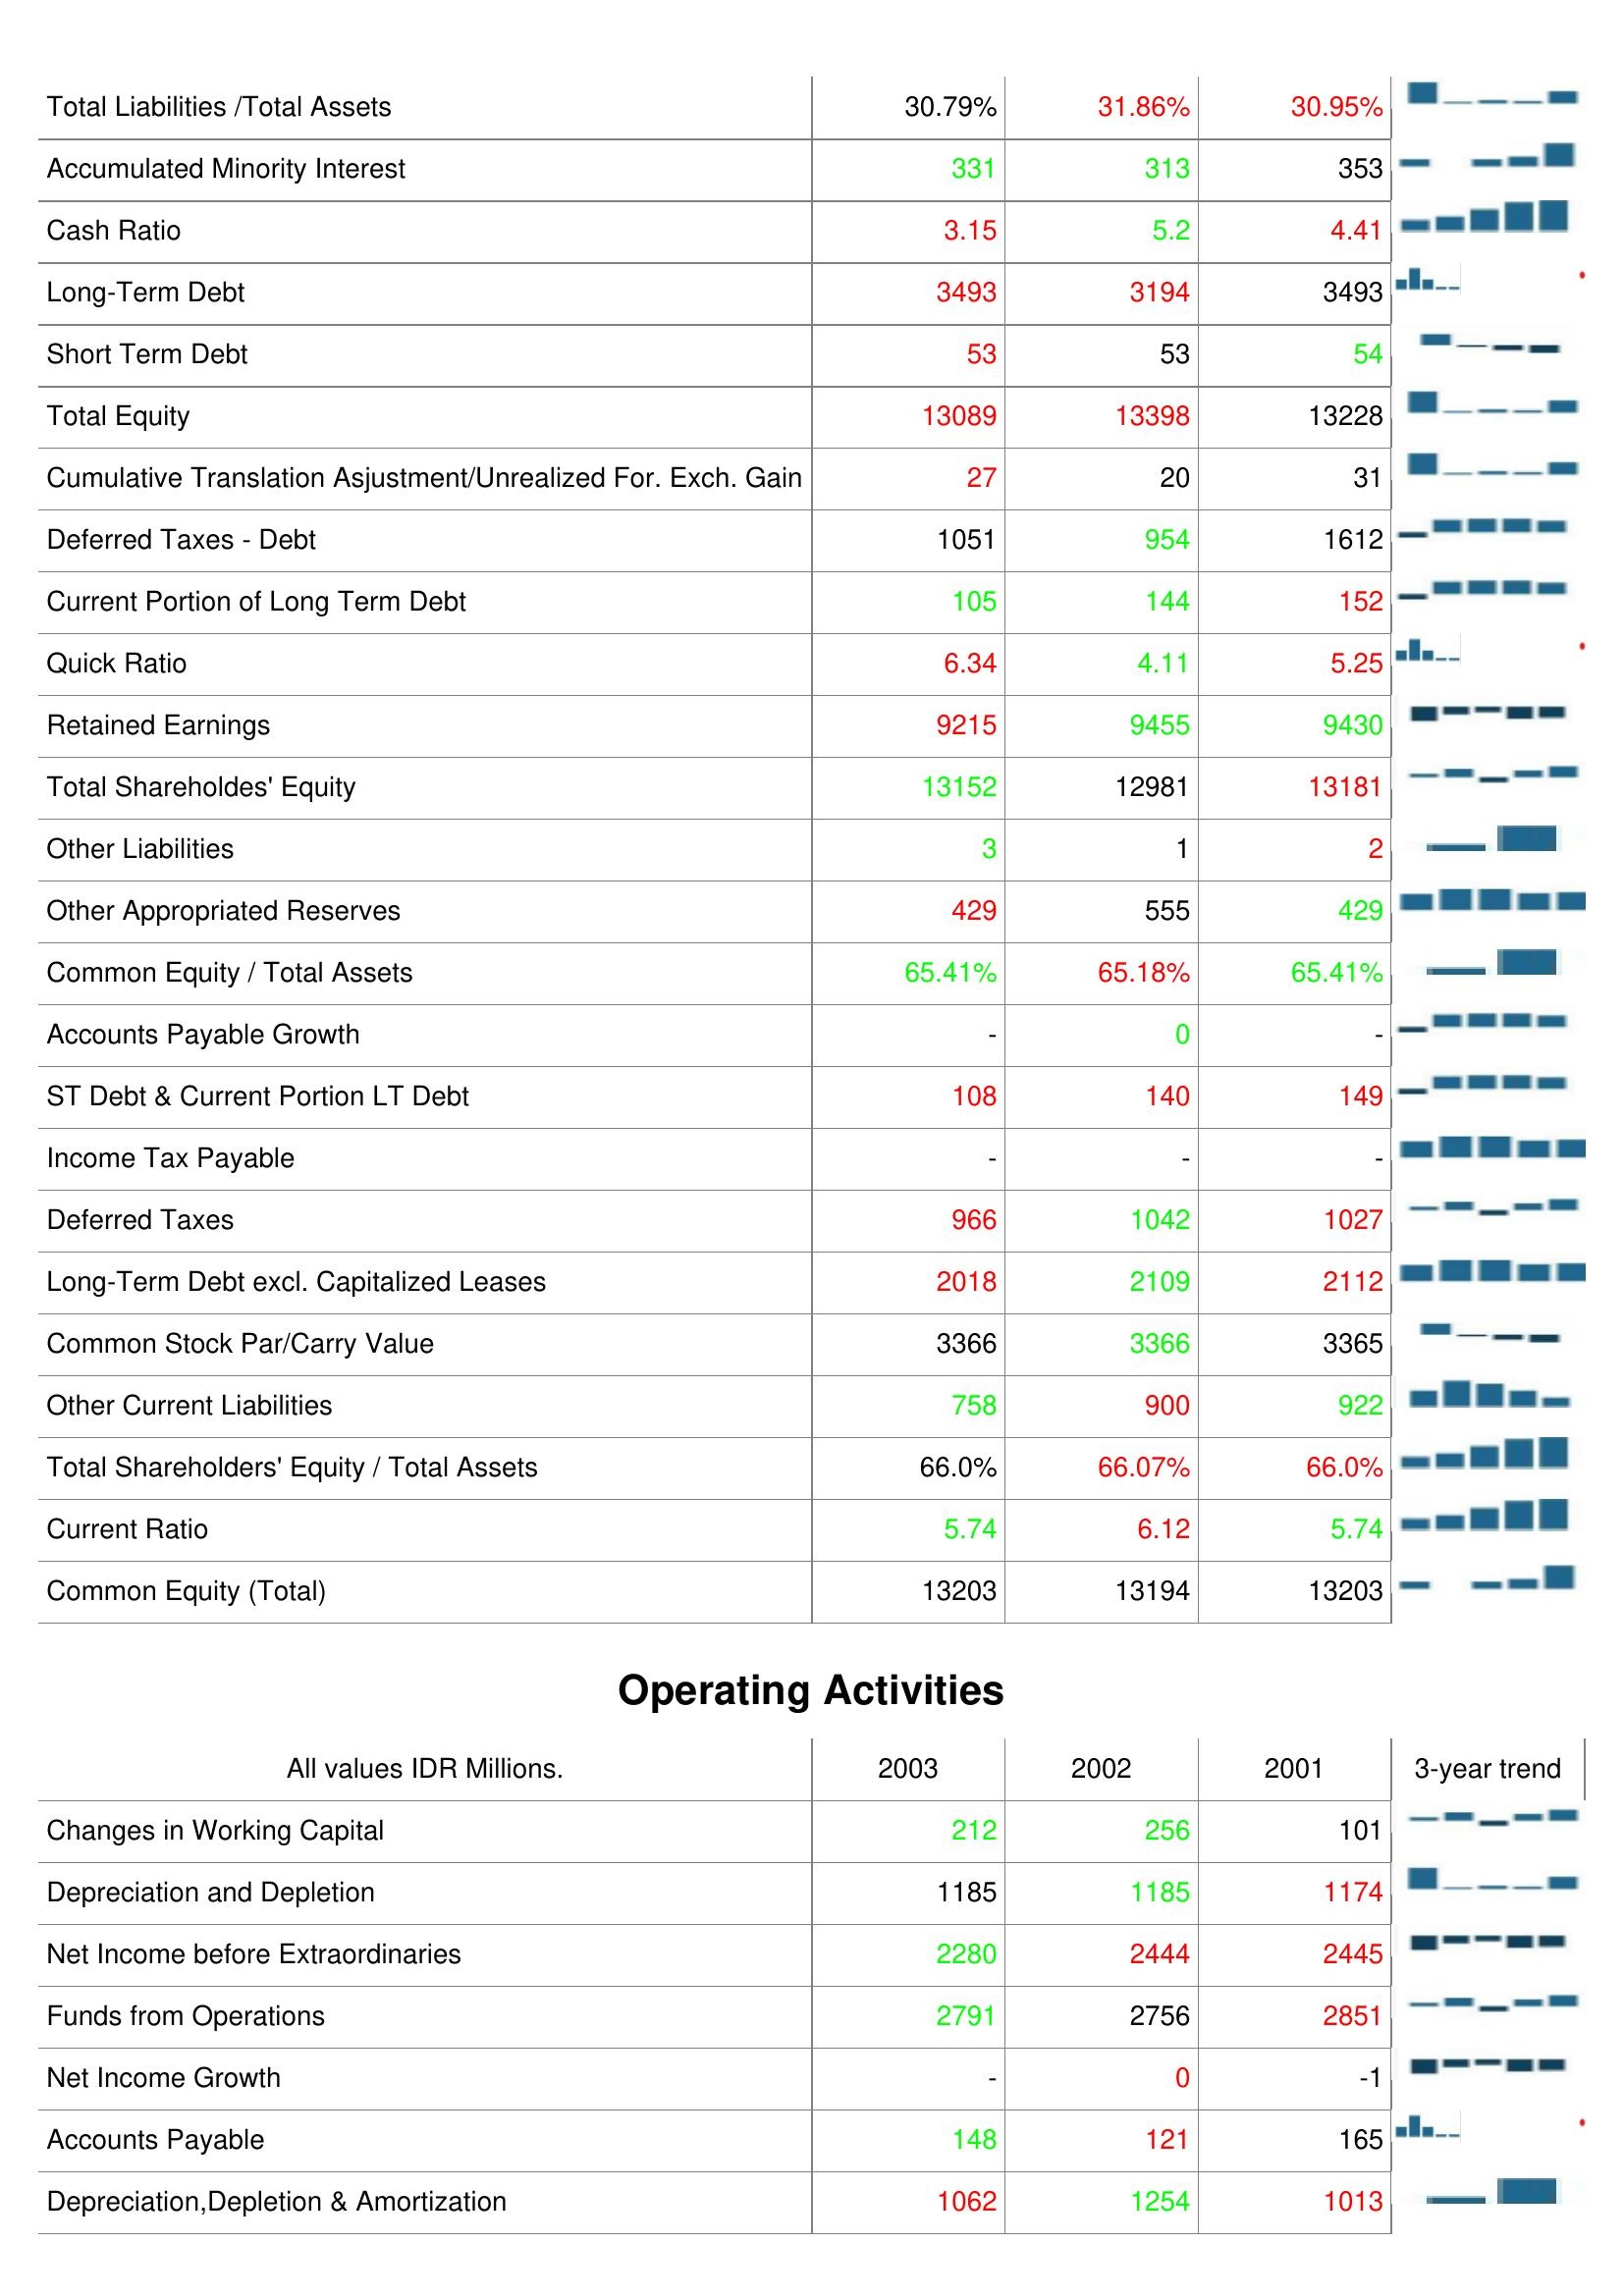
2003: Liabilities & Shareholder's Equity: Total Liabilities /Total Assets: 30.79%
Accumulated Minority Interest: 331
Cash Ratio: 3.15
Long-Term Debt: 3493
Short Term Debt: 53
Total Equity: 13089
Cumulative Translation Asjustment/Unrealized For. Exch. Gain: 27
Deferred Taxes - Debt: 1051
Current Portion of Long Term Debt: 105
Quick Ratio: 6.34
Retained Earnings: 9215
Total Shareholdes' Equity: 13152
Other Liabilities: 3
Other Appropriated Reserves: 429
Common Equity / Total Assets: 65.41%
Accounts Payable Growth: -
ST Debt & Current Portion LT Debt: 108
Income Tax Payable: -
Deferred Taxes: 966
Long-Term Debt excl. Capitalized Leases: 2018
Common Stock Par/Carry Value: 3366
Other Current Liabilities: 758
Total Shareholders' Equity / Total Assets: 66.0%
Current Ratio: 5.74
Common Equity (Total): 13203
Operating Activities: Changes in Working Capital: 212
Depreciation and Depletion: 1185
Net Income before Extraordinaries: 2280
Funds from Operations: 2791
Net Income Growth: -
Accounts Payable: 148
Depreciation,Depletion & Amortization: 1062
2002: Liabilities & Shareholder's Equity: Total Liabilities /Total Assets: 31.86%
Accumulated Minority Interest: 313
Cash Ratio: 5.2
Long-Term Debt: 3194
Short Term Debt: 53
Total Equity: 13398
Cumulative Translation Asjustment/Unrealized For. Exch. Gain: 20
Deferred Taxes - Debt: 954
Current Portion of Long Term Debt: 144
Quick Ratio: 4.11
Retained Earnings: 9455
Total Shareholdes' Equity: 12981
Other Liabilities: 1
Other Appropriated Reserves: 555
Common Equity / Total Assets: 65.18%
Accounts Payable Growth: 0
ST Debt & Current Portion LT Debt: 140
Income Tax Payable: -
Deferred Taxes: 1042
Long-Term Debt excl. Capitalized Leases: 2109
Common Stock Par/Carry Value: 3366
Other Current Liabilities: 900
Total Shareholders' Equity / Total Assets: 66.07%
Current Ratio: 6.12
Common Equity (Total): 13194
Operating Activities: Changes in Working Capital: 256
Depreciation and Depletion: 1185
Net Income before Extraordinaries: 2444
Funds from Operations: 2756
Net Income Growth: 0
Accounts Payable: 121
Depreciation,Depletion & Amortization: 1254
2001: Liabilities & Shareholder's Equity: Total Liabilities /Total Assets: 30.95%
Accumulated Minority Interest: 353
Cash Ratio: 4.41
Long-Term Debt: 3493
Short Term Debt: 54
Total Equity: 13228
Cumulative Translation Asjustment/Unrealized For. Exch. Gain: 31
Deferred Taxes - Debt: 1612
Current Portion of Long Term Debt: 152
Quick Ratio: 5.25
Retained Earnings: 9430
Total Shareholdes' Equity: 13181
Other Liabilities: 2
Other Appropriated Reserves: 429
Common Equity / Total Assets: 65.41%
Accounts Payable Growth: -
ST Debt & Current Portion LT Debt: 149
Income Tax Payable: -
Deferred Taxes: 1027
Long-Term Debt excl. Capitalized Leases: 2112
Common Stock Par/Carry Value: 3365
Other Current Liabilities: 922
Total Shareholders' Equity / Total Assets: 66.0%
Current Ratio: 5.74
Common Equity (Total): 13203
Operating Activities: Changes in Working Capital: 101
Depreciation and Depletion: 1174
Net Income before Extraordinaries: 2445
Funds from Operations: 2851
Net Income Growth: -1
Accounts Payable: 165
Depreciation,Depletion & Amortization: 1013